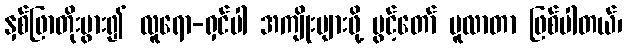
နှစ်ဖြာတိုးပွား၍ လူရော-ရှင်ပါ အကျိုးများဖို့ ပွင့်တော် မူလာတာ ဖြစ်ပါတယ်၊